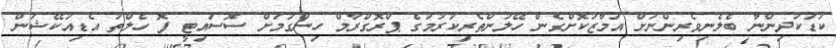
ކުޑަކުދިންނާ ބެލެނިވެރިންނަށް އަމާޒުކޮށްގެން ހޭލުންތެރިކުރުމުގެ ޕްރޮގްރާމް ހިންގުމަށް ސޮސައިޓީ ފޮ ހެލްތު އެޑިއުކޭޝަން